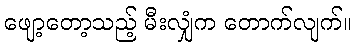
ဖျော့တော့သည့် မီးလျှံက တောက်လျက်။